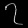
Digit: ၇